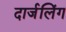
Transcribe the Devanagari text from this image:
दार्जलिंग